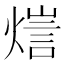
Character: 𤍉